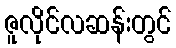
ဇူလိုင်လဆန်းတွင်